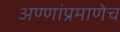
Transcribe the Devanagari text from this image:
अण्णांप्रमाणेच